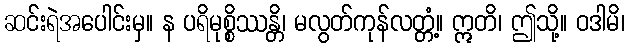
ဆင်းရဲအပေါင်းမှ။ န ပရိမုစ္စိဿန္တိ၊ မလွတ်ကုန်လတ္တံ့။ ဣတိ၊ ဤသို့။ ဝဒါမိ၊